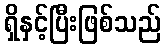
ရှိနှင့်ပြီးဖြစ်သည်